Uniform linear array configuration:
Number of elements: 4
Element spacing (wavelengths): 0.25
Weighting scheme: binomial
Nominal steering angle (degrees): -45
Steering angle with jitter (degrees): -43.344
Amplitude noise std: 0.05
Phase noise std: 0.05

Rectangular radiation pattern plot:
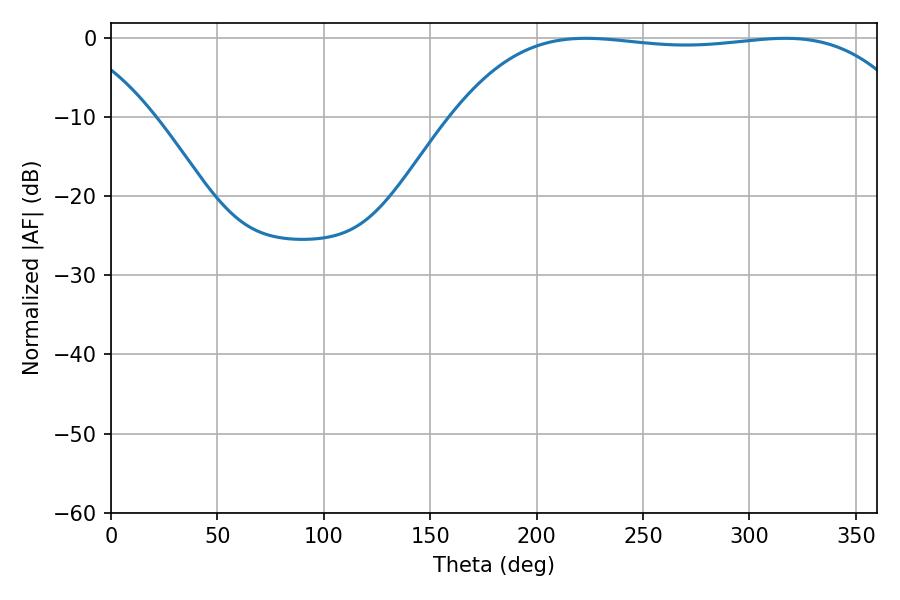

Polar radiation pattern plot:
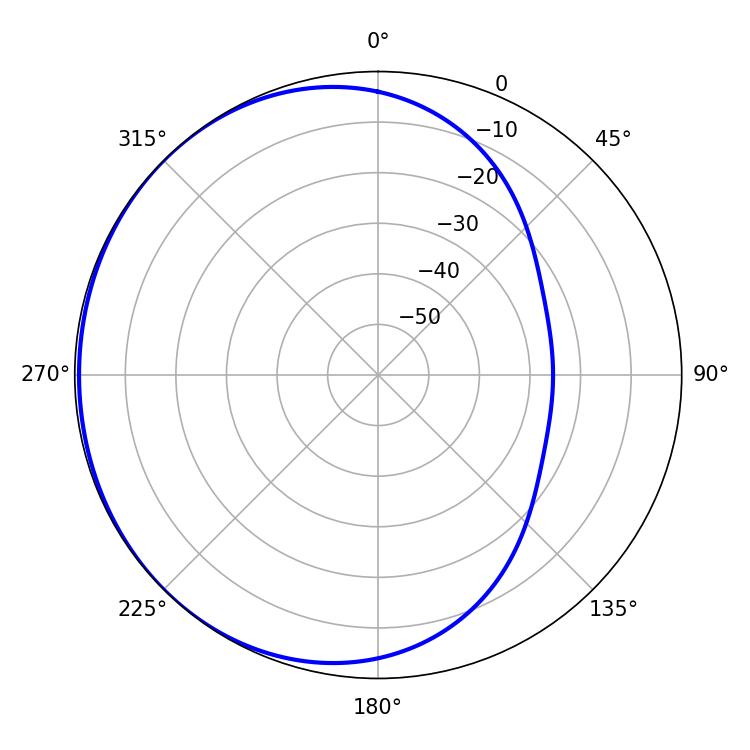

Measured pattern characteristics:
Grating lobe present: FALSE
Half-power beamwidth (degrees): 169.92
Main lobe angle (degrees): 223.02